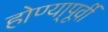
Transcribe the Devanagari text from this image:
होण्या्पूर्वी